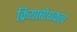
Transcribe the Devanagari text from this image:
क्रियाबोधकत्व